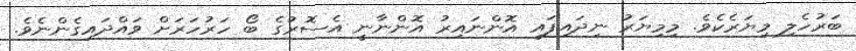
ބަރުހެލި މިޔަރެކެވެ. މިމިޔަރު ނިދައިފައި އޮންނައިރު އޮންނާނީ އެސޮރުގެ ބޯ ހަރުހަރަށް ވައްދައިގެންނެވެ.